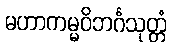
မဟာကမ္မဝိဘင်္ဂသုတ္တံ